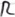
Text: R